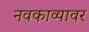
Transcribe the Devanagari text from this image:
नवकाव्यावर